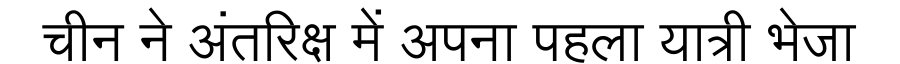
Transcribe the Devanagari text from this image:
चीन ने अंतरिक्ष में अपना पहला यात्री भेजा